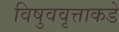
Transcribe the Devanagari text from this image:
विषुववृत्ताकडे